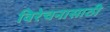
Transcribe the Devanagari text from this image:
विरेचनासाठी